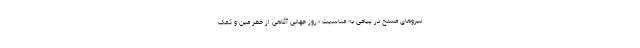
نیروهای مسلح در پیامی به مناسبت «روز جهانی آگاهی از خطر مین و کمک